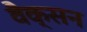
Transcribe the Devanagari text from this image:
वैक्सन